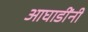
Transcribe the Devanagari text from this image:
आघाडींनी